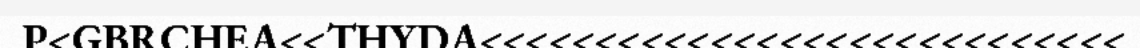
P<GBRCHEA<<THYDA<<<<<<<<<<<<<<<<<<<<<<<<<<<<